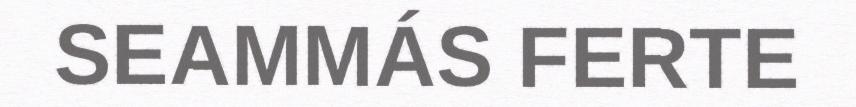
SEAMMÁS FERTE